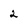
Character: 2